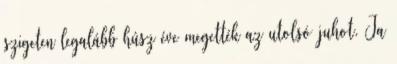
szigeten legalább húsz éve megették az utolsó juhot. Ja